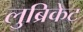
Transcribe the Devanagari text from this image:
लुब्रिकेट